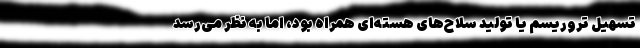
تسهیل تروریسم یا تولید سلاح‌های هسته‌ای همراه بود، اما به نظر می‌رسد